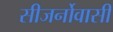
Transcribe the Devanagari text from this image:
सीजर्नोवासी